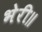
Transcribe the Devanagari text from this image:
भेरी॥